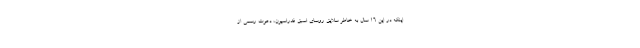
اینکه در این ۱۶ سال به خاطر سلایق روسای اسبق فدراسیون، دعوت رسمی از